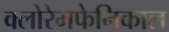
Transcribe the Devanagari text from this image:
क्लोरेमफेनिकाल